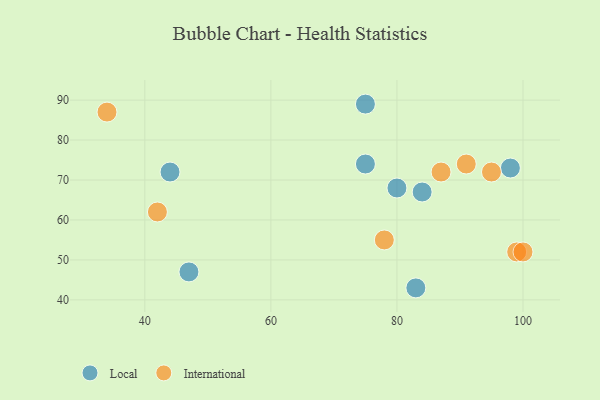
{"axis": {"x": "GDP", "y": "Life Expectancy"}, "legend": ["International", "Local"], "data": [{"x": "80", "y": 68, "type": "Local"}, {"x": "75", "y": 74, "type": "Local"}, {"x": "47", "y": 47, "type": "Local"}, {"x": "84", "y": 67, "type": "Local"}, {"x": "98", "y": 73, "type": "Local"}, {"x": "75", "y": 89, "type": "Local"}, {"x": "44", "y": 72, "type": "Local"}, {"x": "83", "y": 43, "type": "Local"}, {"x": "34", "y": 87, "type": "International"}, {"x": "99", "y": 52, "type": "International"}, {"x": "100", "y": 52, "type": "International"}, {"x": "42", "y": 62, "type": "International"}, {"x": "87", "y": 72, "type": "International"}, {"x": "91", "y": 74, "type": "International"}, {"x": "95", "y": 72, "type": "International"}, {"x": "78", "y": 55, "type": "International"}]}